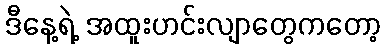
ဒီနေ့ရဲ့ အထူးဟင်းလျာတွေကတော့